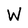
Character: W